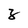
Character: z